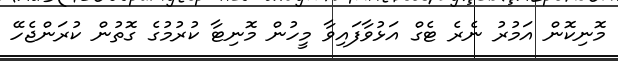
މޮނިކޮން އަމުރު ނެރެ ޓެގް އަޅުވާފައިވާ މީހުން މޮނިޓާ ކުރުމުގެ ގޮތުން ކުރަންޖެހޭ